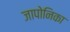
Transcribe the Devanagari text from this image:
जापोनिका